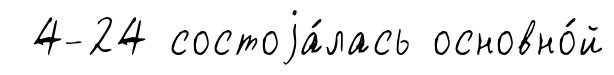
4-24 состоjа́лась основно́й